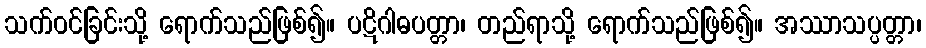
သက်ဝင်ခြင်းသို့ ရောက်သည်ဖြစ်၍။ ပဋိဂါဓပတ္တာ၊ တည်ရာသို့ ရောက်သည်ဖြစ်၍။ အဿာသပ္ပတ္တာ၊